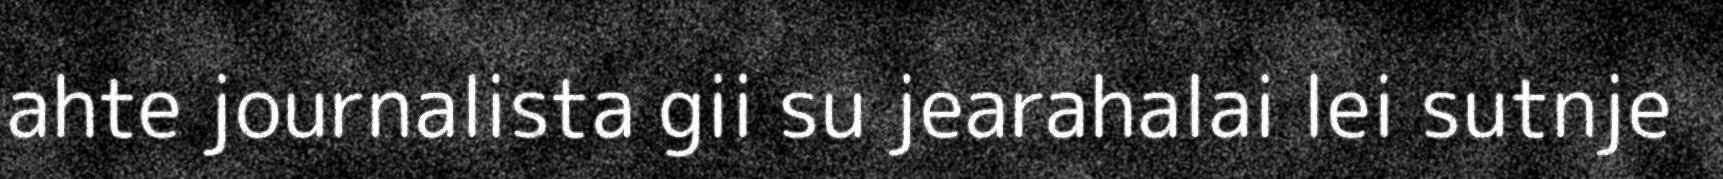
ahte journalista gii su jearahalai lei sutnje